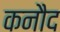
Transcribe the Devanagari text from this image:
कनौद